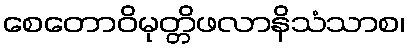
စေတောဝိမုတ္တိဖလာနိသံသာစ၊